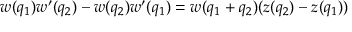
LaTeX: w ( q _ { 1 } ) w ^ { \prime } ( q _ { 2 } ) - w ( q _ { 2 } ) w ^ { \prime } ( q _ { 1 } ) = w ( q _ { 1 } + q _ { 2 } ) ( z ( q _ { 2 } ) - z ( q _ { 1 } ) )